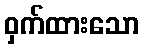
ဝှက်ထားသော